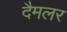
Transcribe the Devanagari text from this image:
दैमलर